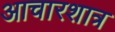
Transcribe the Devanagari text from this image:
आचारशात्र